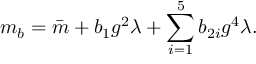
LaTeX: m _ { b } = \bar { m } + b _ { 1 } g ^ { 2 } \lambda + \sum _ { i = 1 } ^ { 5 } b _ { 2 i } g ^ { 4 } \lambda .